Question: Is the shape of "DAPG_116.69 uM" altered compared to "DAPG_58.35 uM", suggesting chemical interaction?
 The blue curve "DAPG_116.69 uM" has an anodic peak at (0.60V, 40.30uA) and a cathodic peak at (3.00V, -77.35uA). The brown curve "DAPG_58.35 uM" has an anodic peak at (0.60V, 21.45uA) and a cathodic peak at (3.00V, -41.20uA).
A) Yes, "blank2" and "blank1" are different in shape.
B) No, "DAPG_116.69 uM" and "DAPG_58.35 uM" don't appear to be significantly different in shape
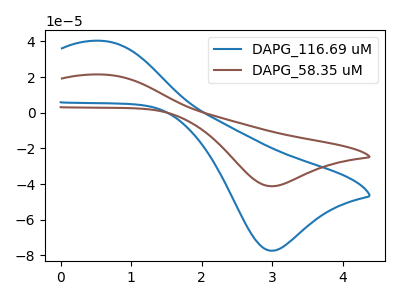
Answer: <think>All the peaks in "DAPG_116.69 uM" have a peak in "DAPG_58.35 uM" at the same potential. Every peak in "DAPG_116.69 uM" is higher than every peak in "DAPG_58.35 uM".
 </think>
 <answer>B) No, "DAPG_116.69 uM" and "DAPG_58.35 uM" don't appear to be significantly different in shape</answer>
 <eval>B</eval>